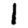
Digit: 1